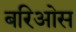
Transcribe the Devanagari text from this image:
बरिओस